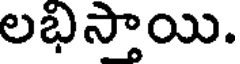
లభిస్తాయి.